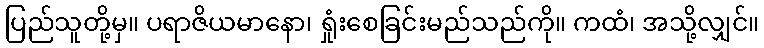
ပြည်သူတို့မှ။ ပရာဇိယမာနော၊ ရှုံးစေခြင်းမည်သည်ကို။ ကထံ၊ အသို့လျှင်။